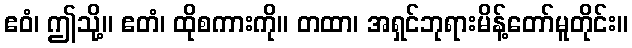
ဧဝံ၊ ဤသို့။ ဧတံ၊ ထိုစကားကို။ တထာ၊ အရှင်ဘုရားမိန့်တော်မူတိုင်း။